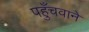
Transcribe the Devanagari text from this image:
पहुँचवाने